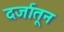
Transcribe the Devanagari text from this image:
दर्जातून